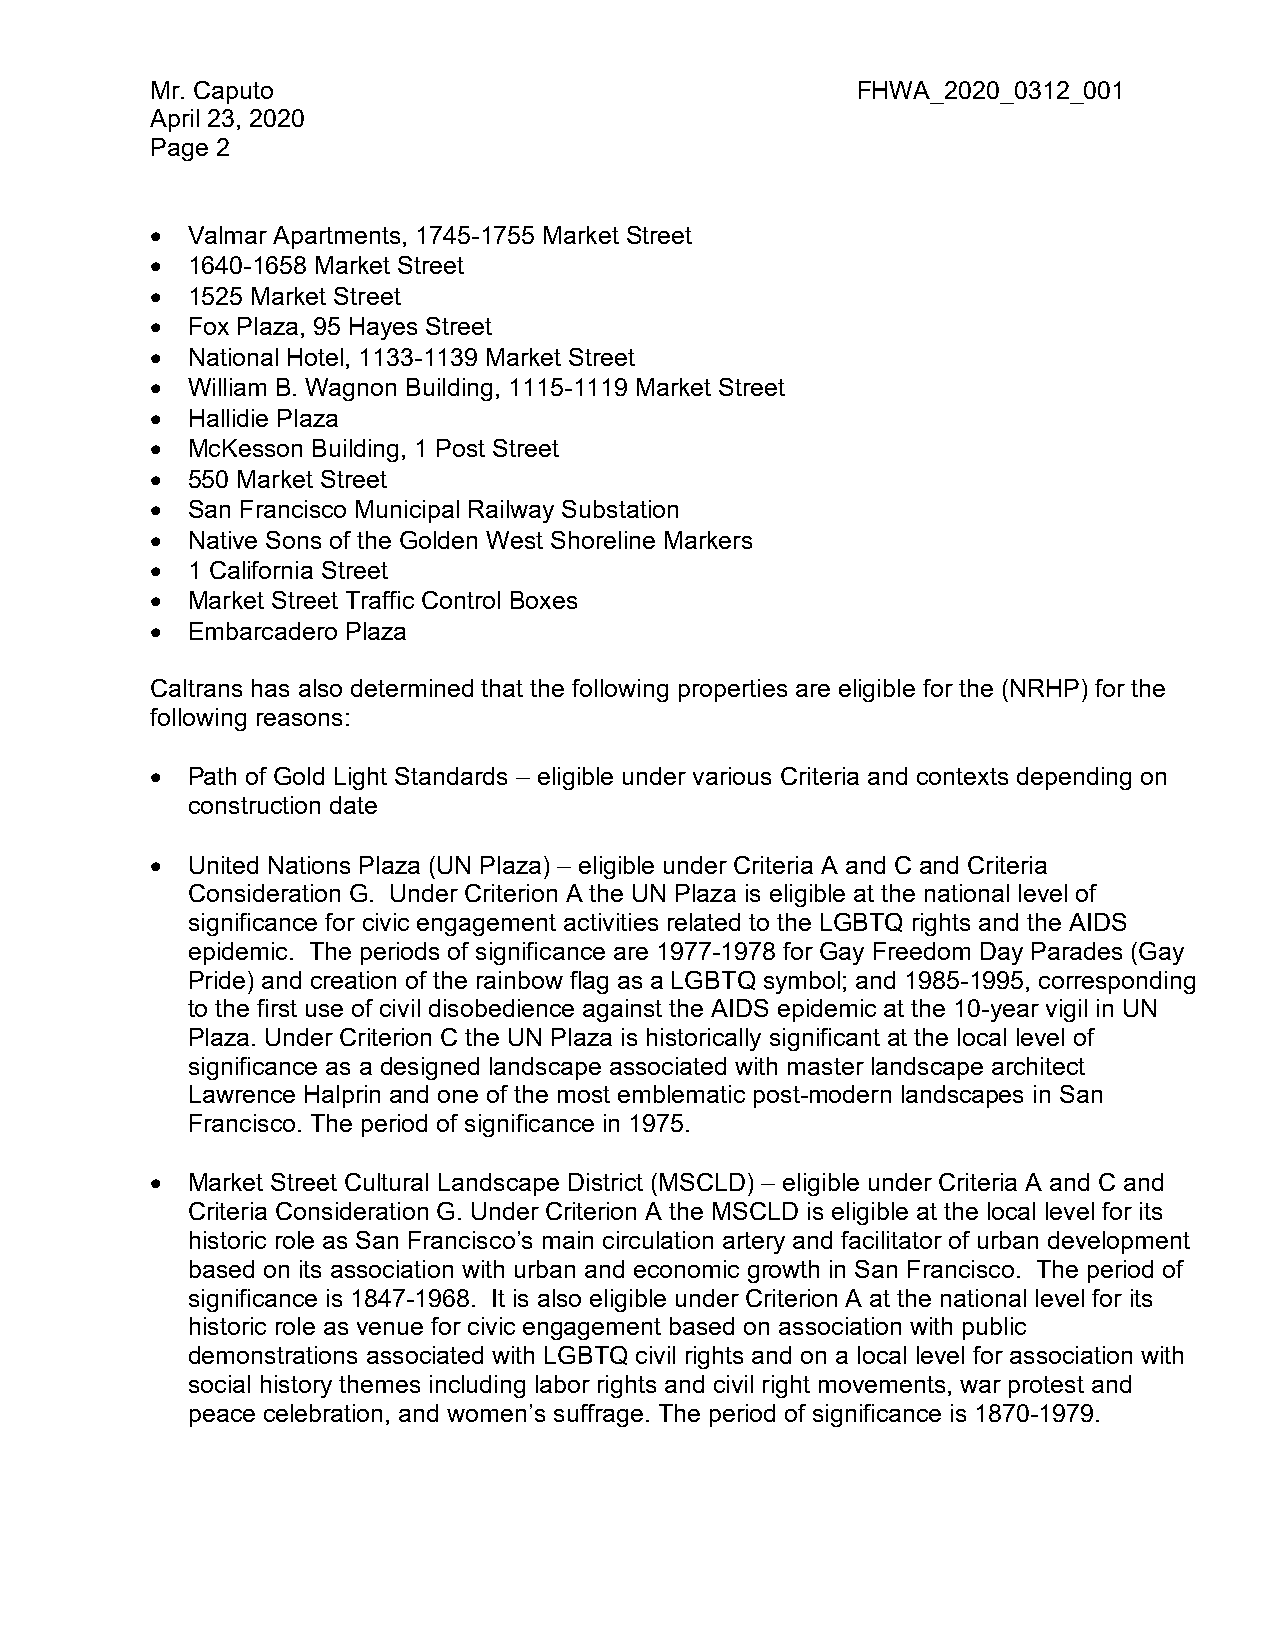
Mr. Caputo                                     FHWA_2020_0312_001
 April 23, 2020
 Page 2
 • Valmar Apartments, 1745-1755 Market Street
 • 1640-1658 Market Street
 • 1525 Market Street
 • Fox Plaza, 95 Hayes Street
 • National Hotel, 1133-1139 Market Street
 • William B. Wagnon Building, 1115-1119 Market Street
 • Hallidie Plaza
 • McKesson Building, 1 Post Street
 • 550 Market Street
 • San Francisco Municipal Railway Substation
 • Native Sons of the Golden West Shoreline Markers
 • 1 California Street
 • Market Street Traffic Control Boxes
 • Embarcadero Plaza
 Caltrans has also determined that the following properties are eligible for the (NRHP) for the
 following reasons:
 • Path of Gold Light Standards – eligible under various Criteria and contexts depending on
 construction date
 • United Nations Plaza (UN Plaza) – eligible under Criteria A and C and Criteria
 Consideration G. Under Criterion A the UN Plaza is eligible at the national level of
 significance for civic engagement activities related to the LGBTQ rights and the AIDS
 epidemic. The periods of significance are 1977-1978 for Gay Freedom Day Parades (Gay
 Pride) and creation of the rainbow flag as a LGBTQ symbol; and 1985-1995, corresponding
 to the first use of civil disobedience against the AIDS epidemic at the 10-year vigil in UN
 Plaza. Under Criterion C the UN Plaza is historically significant at the local level of
 significance as a designed landscape associated with master landscape architect
 Lawrence Halprin and one of the most emblematic post-modern landscapes in San
 Francisco. The period of significance in 1975.
 • Market Street Cultural Landscape District (MSCLD) – eligible under Criteria A and C and
 Criteria Consideration G. Under Criterion A the MSCLD is eligible at the local level for its
 historic role as San Francisco’s main circulation artery and facilitator of urban development
 based on its association with urban and economic growth in San Francisco. The period of
 significance is 1847-1968. It is also eligible under Criterion A at the national level for its
 historic role as venue for civic engagement based on association with public
 demonstrations associated with LGBTQ civil rights and on a local level for association with
 social history themes including labor rights and civil right movements, war protest and
 peace celebration, and women’s suffrage. The period of significance is 1870-1979.